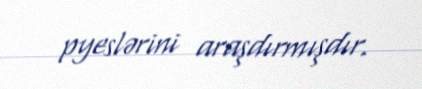
pyeslərini araşdırmışdır.